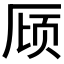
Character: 𪠌